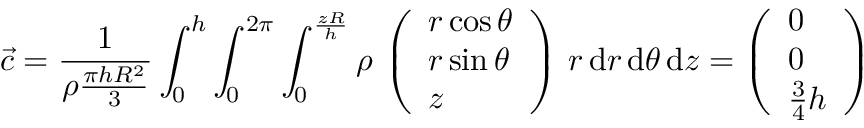
\vec { c } = \frac { 1 } { \rho \frac { \pi h R ^ { 2 } } { 3 } } \int _ { 0 } ^ { h } \int _ { 0 } ^ { 2 \pi } \int _ { 0 } ^ { \frac { z R } { h } } \rho \, \left( \begin{array} { l } { r \cos \theta } \\ { r \sin \theta } \\ { z } \end{array} \right) \, r \, \mathrm { d } r \, \mathrm { d } \theta \, \mathrm { d } z = \left( \begin{array} { l } { 0 } \\ { 0 } \\ { \frac { 3 } { 4 } h } \end{array} \right)